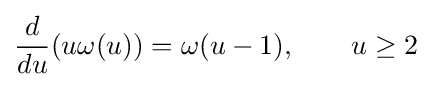
{\frac {d}{du}}(u\omega (u))=\omega (u-1),\qquad u\geq 2